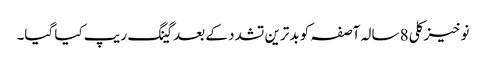
نوخیز کلی 8 سالہ آصفہ کو بدترین تشدد کے بعد گینگ ریپ کیا گیا۔